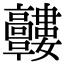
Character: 𩫰